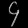
Digit: ၄